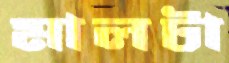
মালটা